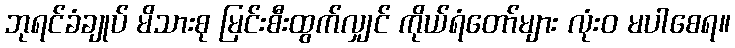
ဘုရင်ခံချုပ် မိသားစု မြင်းစီးထွက်လျှင် ကိုယ်ရံတော်များ လုံးဝ မပါစေရ။